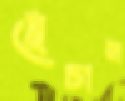
ছেঁচান